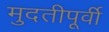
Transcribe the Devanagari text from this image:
मुदतीपूर्वी